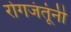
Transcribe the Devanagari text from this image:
रोगजंतूंनी